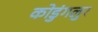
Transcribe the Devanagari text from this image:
कोडुंगलुर